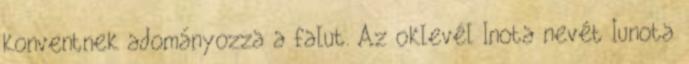
konventnek adományozza a falut. Az oklevél Inota nevét Iunota